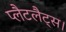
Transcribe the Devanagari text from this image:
प्लैटलैट्स।